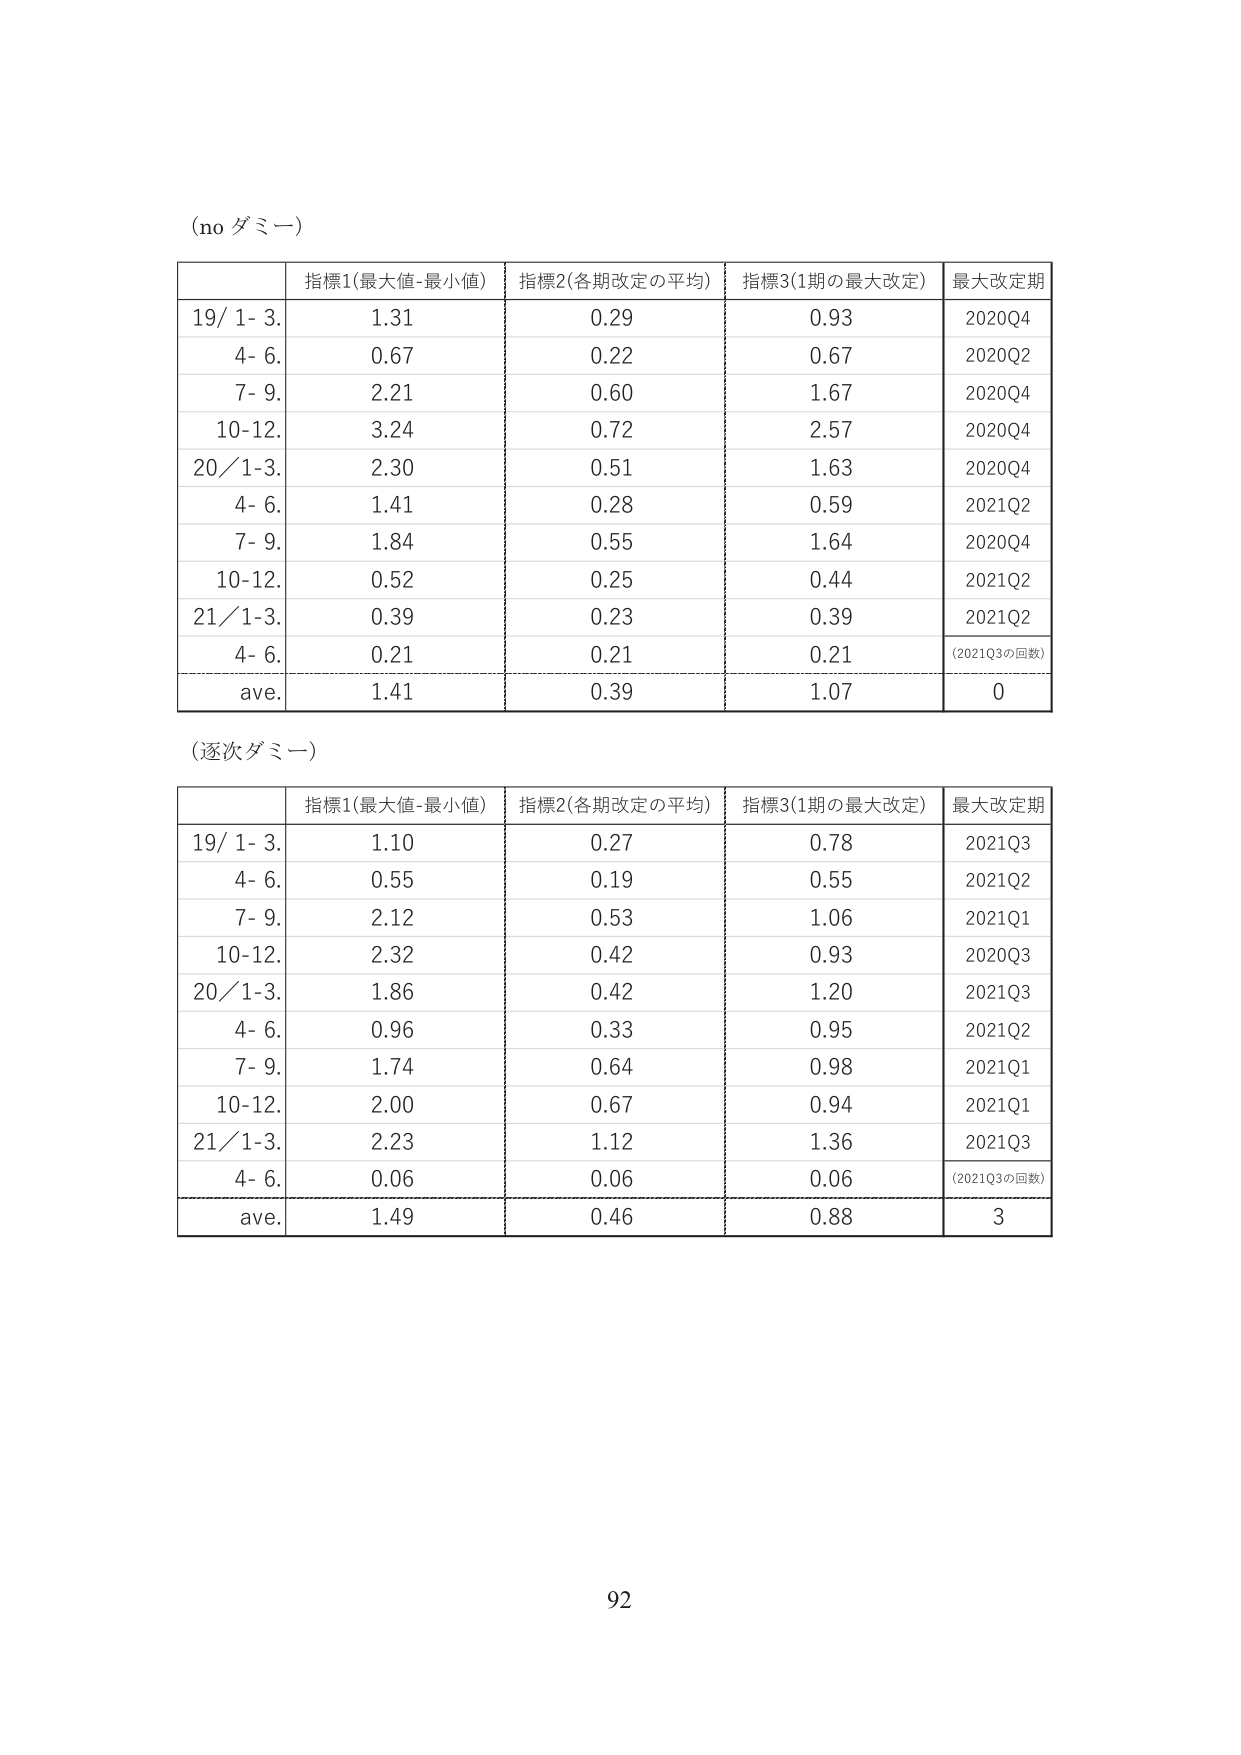
(no ダミー)

| | 指標1(最大値-最小値) | 指標2(各期改定の平均) | 指標3(1期の最大改定) | 最大改定期 |
|---|---|---|---|---|
| 19/ 1- 3. | 1.31 | 0.29 | 0.93 | 2020Q4 |
| 4- 6. | 0.67 | 0.22 | 0.67 | 2020Q2 |
| 7- 9. | 2.21 | 0.60 | 1.67 | 2020Q4 |
| 10-12. | 3.24 | 0.72 | 2.57 | 2020Q4 |
| 20/ 1-3. | 2.30 | 0.51 | 1.63 | 2020Q4 |
| 4- 6. | 1.41 | 0.28 | 0.59 | 2021Q2 |
| 7- 9. | 1.84 | 0.55 | 1.64 | 2020Q4 |
| 10-12. | 0.52 | 0.25 | 0.44 | 2021Q2 |
| 21/ 1-3. | 0.39 | 0.23 | 0.39 | 2021Q2 |
| 4- 6. | 0.21 | 0.21 | 0.21 | (2021Q3の回数) |
| ave. | 1.41 | 0.39 | 1.07 | 0 |

(逐次ダミー)

| | 指標1(最大値-最小値) | 指標2(各期改定の平均) | 指標3(1期の最大改定) | 最大改定期 |
|---|---|---|---|---|
| 19/ 1- 3. | 1.10 | 0.27 | 0.78 | 2021Q3 |
| 4- 6. | 0.55 | 0.19 | 0.55 | 2021Q2 |
| 7- 9. | 2.12 | 0.53 | 1.06 | 2021Q1 |
| 10-12. | 2.32 | 0.42 | 0.93 | 2020Q3 |
| 20/ 1-3. | 1.86 | 0.42 | 1.20 | 2021Q3 |
| 4- 6. | 0.96 | 0.33 | 0.95 | 2021Q2 |
| 7- 9. | 1.74 | 0.64 | 0.98 | 2021Q1 |
| 10-12. | 2.00 | 0.67 | 0.94 | 2021Q1 |
| 21/ 1-3. | 2.23 | 1.12 | 1.36 | 2021Q3 |
| 4- 6. | 0.06 | 0.06 | 0.06 | (2021Q3の回数) |
| ave. | 1.49 | 0.46 | 0.88 | 3 |

92